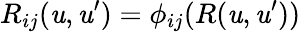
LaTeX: R_{ij}(\mathit{u},\mathit{u}^{\prime})=\phi_{ij}(R(\mathit{u},\mathit{u}^{\prime}))